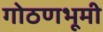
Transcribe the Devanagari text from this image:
गोठणभूमी